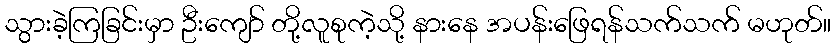
သွားခဲ့ကြခြင်းမှာ ဦးကျော် တို့လူစုကဲ့သို့ နားနေ အပန်းဖြေရန်သက်သက် မဟုတ်။